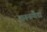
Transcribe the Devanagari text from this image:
शस्त्रवैद्य